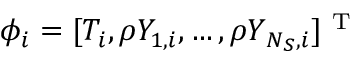
\phi _ { i } = [ T _ { i } , \rho Y _ { 1 , i } , \ldots , \rho Y _ { { N _ { S } } , i } ] ^ { \mathrm { ~ T ~ } }